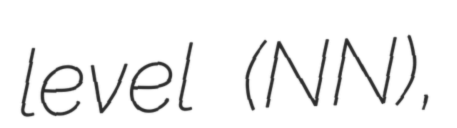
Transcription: level (NN),